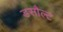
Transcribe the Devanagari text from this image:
डसौल्ट